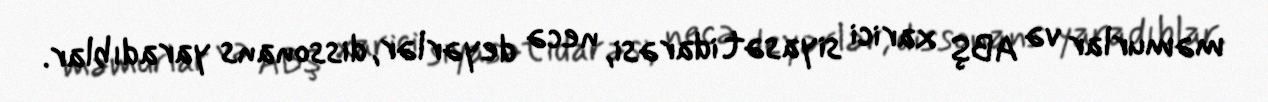
məmurlar və ABŞ xarici siyasət idarəsi, necə deyərlər, dissonans yaradıblar.